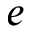
e